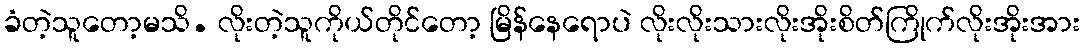
ခံတဲ့သူတော့မသိ. လိုးတဲ့သူကိုယ်တိုင်တော့ မြိန်နေရောပဲ လိုးလိုးသားလိုးအိုးစိတ်ကြိုက်လိုးအိုးအား